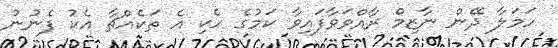
ހަމަލާ ދޭން ނާޒިމް ރާއްވަވާފައިވާ ކަމުގެ ހެކި އެ ތަކެއްޗާ އެކު ފެނުނު